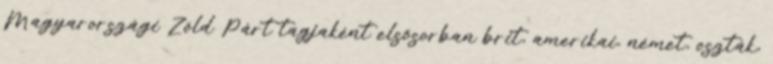
Magyarországi Zöld Párt tagjaként elsősorban brit, amerikai, német, oszták,